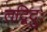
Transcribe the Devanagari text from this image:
तद्विदुः